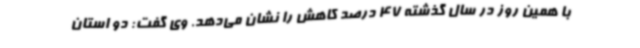
با همین روز در سال گذشته 47 درصد کاهش را نشان می‌دهد. وی گفت: دو استان